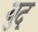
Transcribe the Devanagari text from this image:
युद्